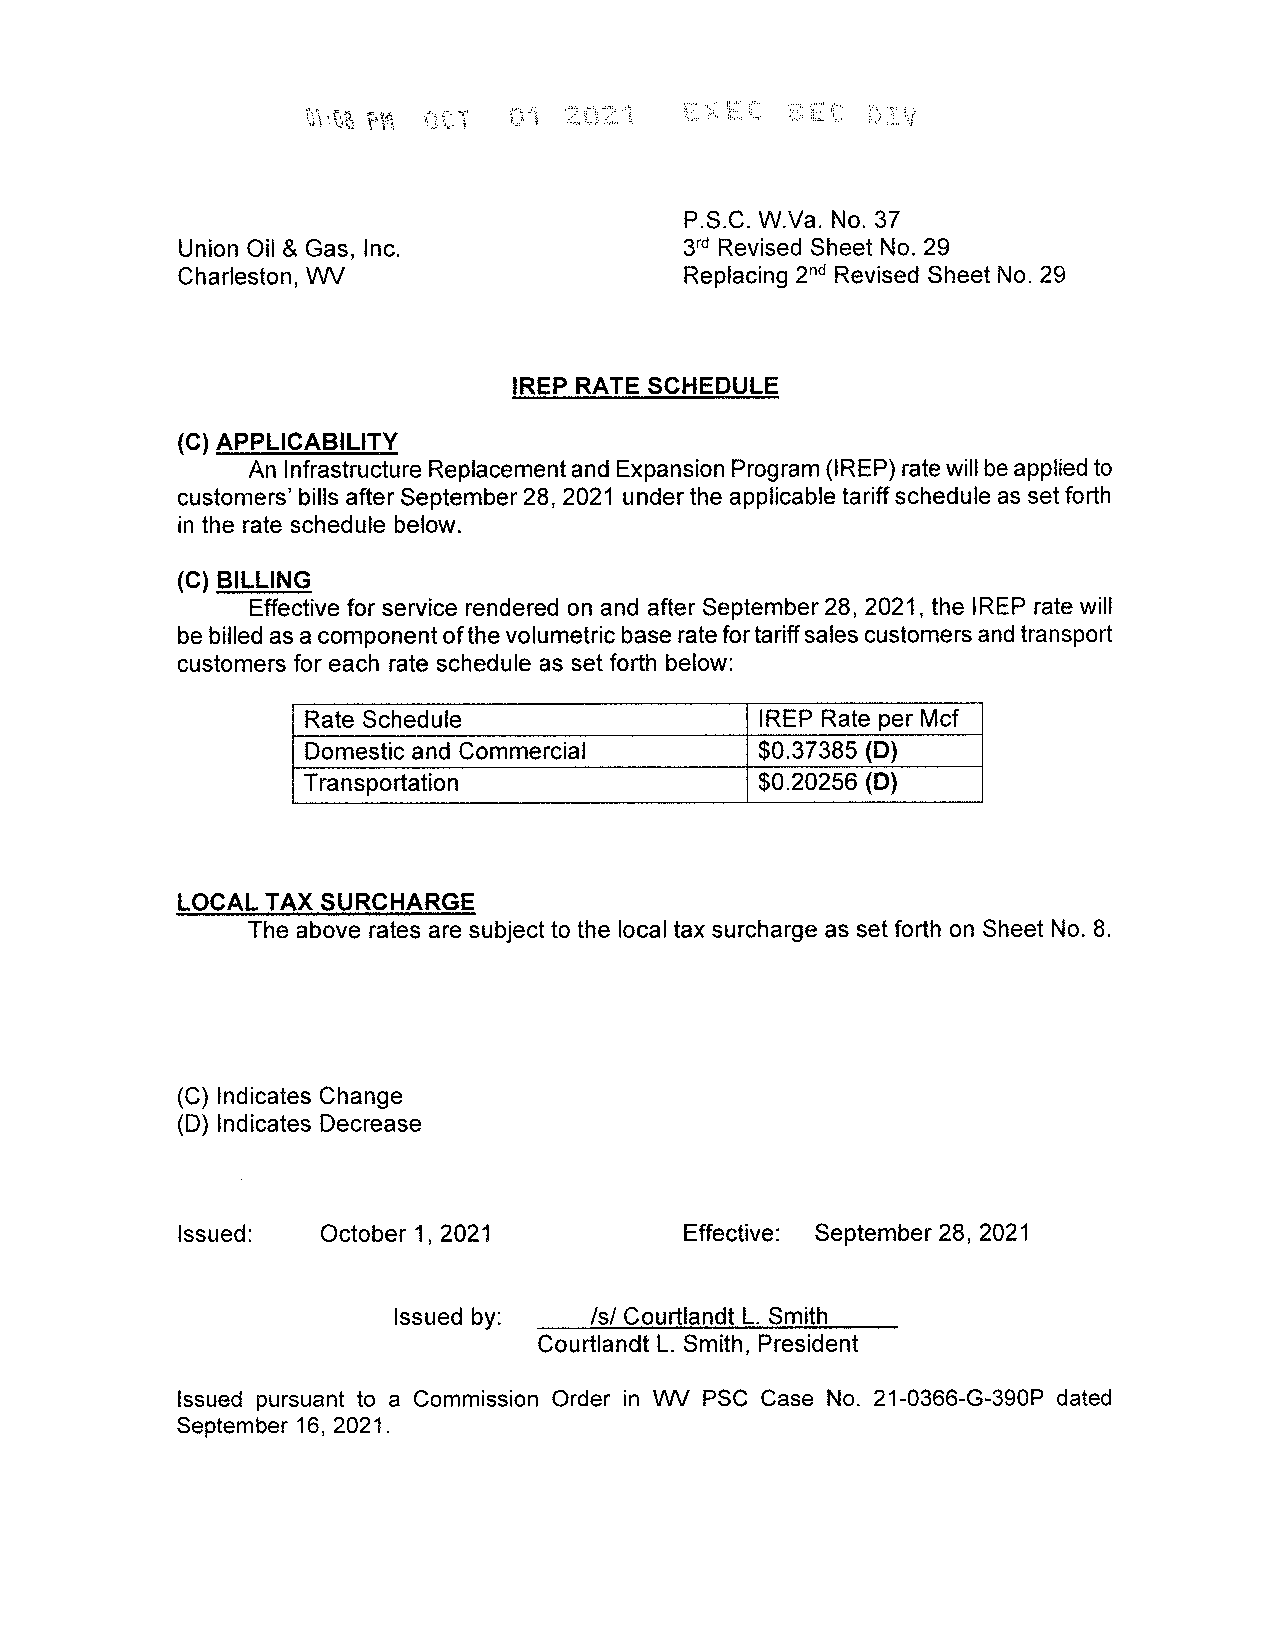
?    otT   01 2021    EXEC   SEC  DIV
 M
 P.S.C. W.Va. No. 37
 Union Oil& Gas, Inc.             3rd Revised Sheet No. 29
 Charleston, WV                   Replacing 2nd Revised Sheet No. 29
 IREP RATE SCHEDULE
 (C) APPLICABILITY
 AnInfrastructureReplacementandExpansionProgram(IREP)ratewillbeappliedto
 customers billsafterSeptember28,2021under theapplicabletariffscheduleas setforth
 in the rate schedule below.
 (C) BILLING
 Effective for service rendered on and after September28,2021, the IREP rate will
 bebilledasacomponentofthevolumetricbaseratefortariffsalescustomersandtransport
 customers for each rate schedule as set forth below:
 Rate Schedule                 IREP Rate per Mcf
 Domestic and Commercial       $0.37385 (D)
 Transportation                $0.20256 (D)
 LOCALTAX SURCHARGE
 The above rates are subject to the localtax surcharge as set forth on Sheet No.8.
 (C) Indicates Change
 (D) Indicates Decrease
 Issued:  October 1, 2021         Effective: September 28, 2021
 Issuedby:    /s/ Courtlandt L. Smith
 Courtlandt L. Smith,President
 Issued pursuant to a Commission Order in WV PSC Case No. 21-0366-G-390P dated
 September 16, 2021.